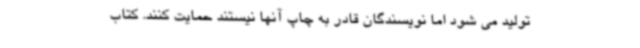
تولید می شود اما نویسندگان قادر به چاپ آنها نیستند حمایت کنند. کتاب